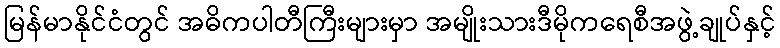
မြန်မာနိုင်ငံတွင် အဓိကပါတီကြီးများမှာ အမျိုးသားဒီမိုကရေစီအဖွဲ့ချုပ်နှင့်